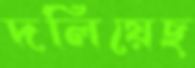
দলিয়েছ